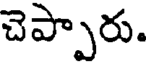
చెప్పారు.